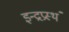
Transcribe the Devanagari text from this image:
इन्द्रप्रस्थं